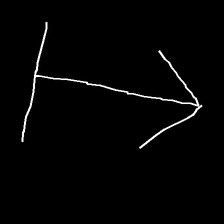
Glyph: levitation